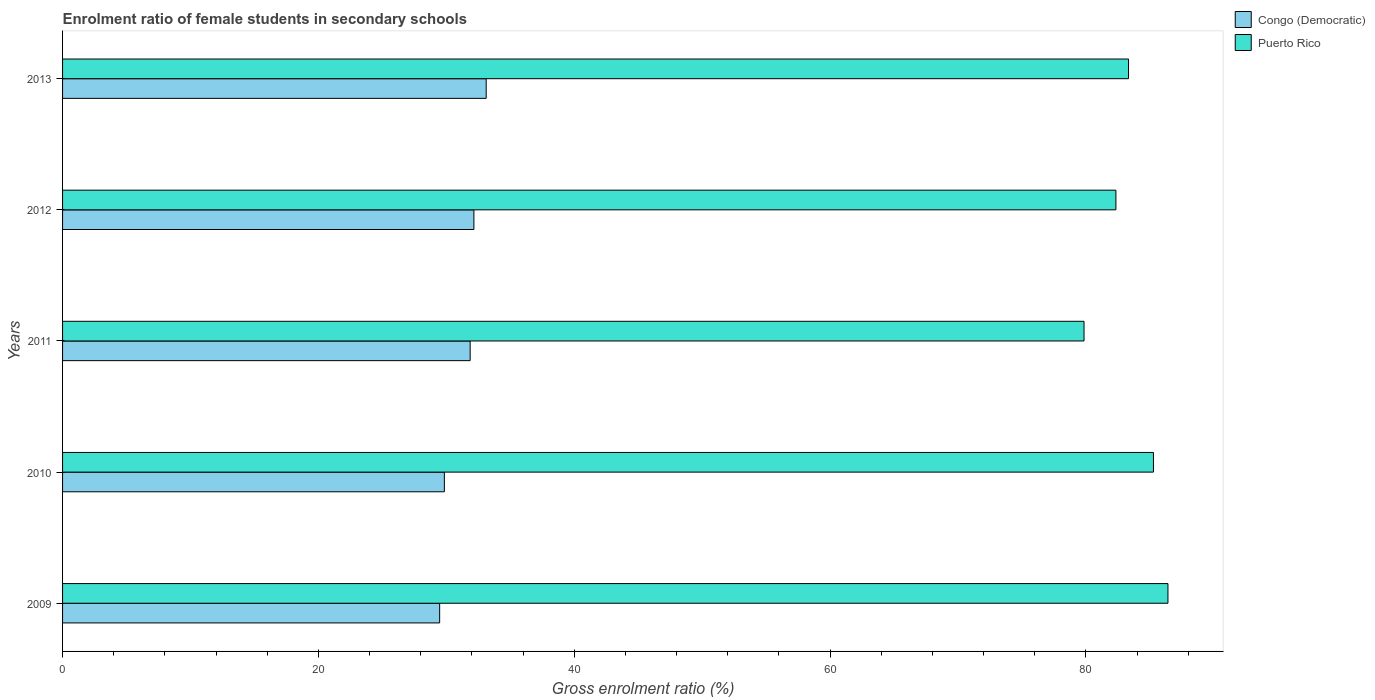
| Years | Congo (Democratic) | Puerto Rico |
 | --- | --- | --- |
 | 2009 | 29.5 | 86.4 |
 | 2010 | 29.8 | 85.3 |
 | 2011 | 31.9 | 79.9 |
 | 2012 | 32.2 | 82.3 |
 | 2013 | 33.1 | 83.3 |